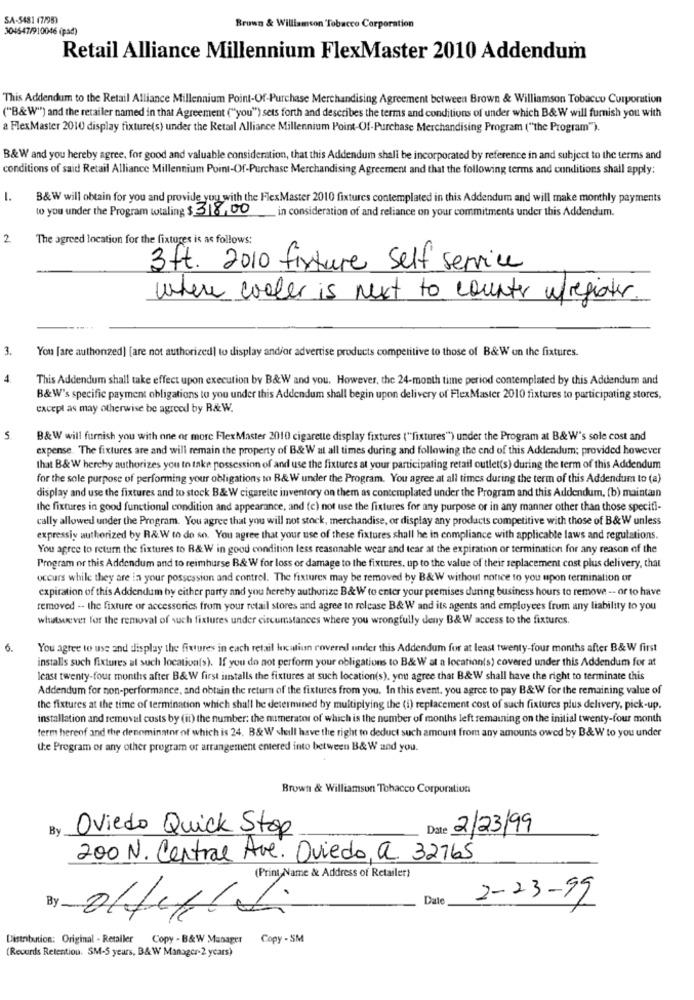
SA-5481 (7/98)
304647/910046 (pad)
Brown & Williamson Tobacco Corporation
Retail Alliance Millennium FlexMaster 2010 Addendum
This Addendum to the Retail Alliance Millennium Point-Of-Purchase Merchandising Agreement between Brown & Williamson Tobacco Corporation
("B&W") and the retailer named in that Agreement ("you") sets forth and describes the terms and conditions of under which B&W will furnish you with
a FlexMaster 2010 display fixture(s) under the Retail Alliance Millennium Point-Of-Purchase Merchandising Program ("the Program").
B&W and you hereby agree, for good and valuable consideration, that this Addendum shall be incorporated by reference in and subject to the terms and
conditions of said Retail Alliance Millennium Point-Of-Purchase Merchandising Agreement and that the following terms and conditions shall apply:
1.
B&W will obtain for you and provide you with the FlexMaster 2010 fixtures contemplated in this Addendum and will make monthly payments
to you under the Program wtaling $ 318,00
in consideration of and reliance on your commitments under this Addendum.
2
The agreed location for the fixtures is as follows:
3ft. 2010 fixture Self service
where cooler is next to counter wfregister.
3.
You [are authonzed] [are not authorized] to display and/or advertise products competitive to those of B&W on the fixtures.
4
This Addendum shall take effect upon execution by B&W and you. However, the 24-month time period contemplated by this Addendum and
B&W's specific payment obligations to you under this Addendum shall begin upon delivery of FlexMaster 2010 fixtures to participating stores,
except as may otherwise be agreed by RAW.
Vi
B&W will furnish you with one or more FlexMaster 2010 cigarette display fixtures ("fixtures") under the Program at B&W's sole cost and
expense. The fixtures are and will remain the property of B& W at all times during and following the end of this Addendum; provided however
that B& W herchy authorizes you to take possession of and use the fixtures at your participating retail outlet(s) during the term of this Addendum
for the sole purpose of performing your obligations to R& W under the Program. You agree at all times during the term of this Addendum to (a)
display and use the fixtures and to stock B& W cigarette inventory on them as contemplated under the Program and this Addendum, (b) maintain
the fixtures in good functional condition and appearance, and (c) not use the fixtures for any purpose or in any manner other than those specifi-
cally allowed under the Program. You agree that you will not stock, merchandise, or display any products competitive with those of B&W unless
expressly authorized by R&W to do so. You agree that your use of these fixtures shall he in compliance with applicable laws and regulations.
You agree to return the fixtures to B& W in good condition less reasonable wear and tear at the expiration or termination for any reason of the
Program or this Addendum and to reimburse B& W for loss or damage to the fixtures, up to the value of their replacement cost plus delivery, that
occurs while they are in your possession and control. The fixtures may be removed by B&W without notice to you upon termination or
expiration of this Addendum by either party and you hereby authorize B&W to enter your premises during business hours to remove -- or to have
removed -- the fixture or accessories from your retail stores and agree to release B&W and its agents and employees from any liability to you
whatsoever for the removal of such fixtures under circumstances where you wrongfully deny B&W access to the fixtures.
6.
You agree to use and display the fixtures in cach retail luxation covered under this Addendum for at least twenty-four months after B&W first
installs such fixtures al such location(s). If you do not perform your obligations to B& W at a location(s) covered under this Addendum for at
least twenty-four months after B& W first installs the fixtures at such location(s), you agree that B&W shall have the right to terminate this
Addendum for non-performance, and obtain the return of the fixtures from you. In this event. you agree to pay B&W for the remaining value of
the fixtures at the time of termination which shall be determined by multiplying the (i) replacement cost of such fixtures plus delivery, pick-up.
installation and removal costs by (ii) the number: the numerator of which is the number of months left remaining on the initial twenty-four month
term hereof and the denominator of which is 24. B&W shill have the right to deduct such amount from any amounts owed by B&W to you under
the Program or any other program or arrangement entered into between B&W and you.
Brown & Williamson Tobacco Corporation
By Oviedo Quick Stop
2/23/99
200 N. Central Ave. Oviedo, a. 32765
(Print Name & Address of Retailer?
Date
2-23-99
By
Distribution: Original - Retailer Copy - B&W Manager Copy - SM
(Recurds Retention. SM-5 years, B& W Manager-2 years)